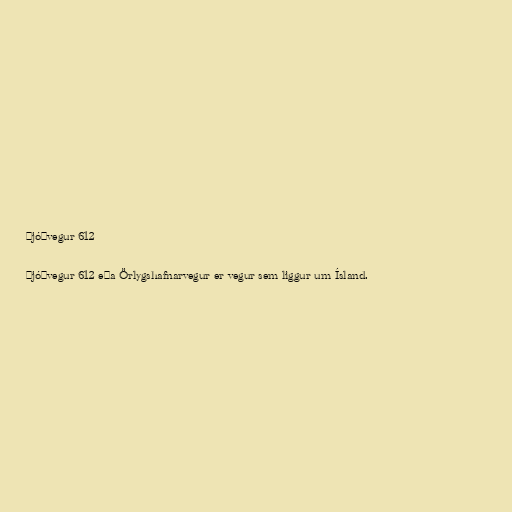
Þjóðvegur 612

Þjóðvegur 612 eða Örlygshafnarvegur er vegur sem liggur um Ísland.